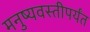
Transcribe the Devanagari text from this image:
मनुष्यवस्तीपर्यंत